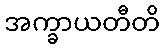
အက္ခာယတီတိ